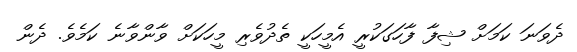
ދެވަނަ ކަމަށް ޝިފާ ފާހަގަކުރީ އެމީހަކީ ތެދުވެރި މީހަކަށް ވާންވާނެ ކަމެެވެ. ދެން